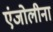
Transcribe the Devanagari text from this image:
एंजोलीना